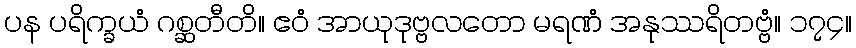
ပန ပရိက္ခယံ ဂစ္ဆတီတိ။ ဧဝံ အာယုဒုဗ္ဗလတော မရဏံ အနုဿရိတဗ္ဗံ။ ၁၇၄။